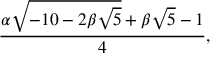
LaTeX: { \frac { \alpha { \sqrt { - 1 0 - 2 \beta { \sqrt { 5 } } } } + \beta { \sqrt { 5 } } - 1 } { 4 } } ,